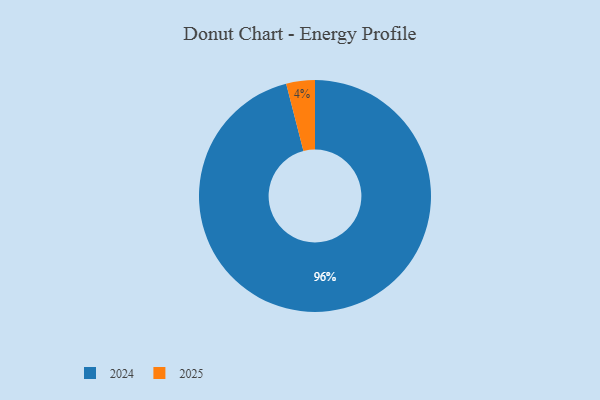
{"axis": {"x": "Category", "y": "Percentage"}, "legend": ["2024", "2025"], "data": [{"x": "2024", "y": 96, "type": "2024"}, {"x": "2025", "y": 4, "type": "2025"}]}